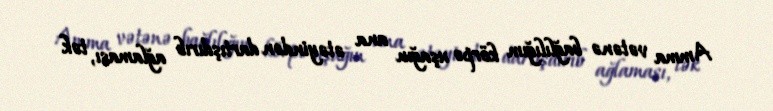
Amma vətənə bağlılığım körpə uşağın ana ətəyindən dartışdırıb ağlaması, tək